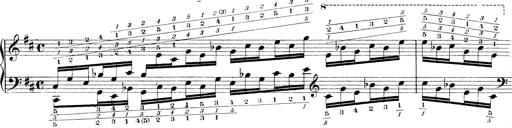
Title: Technische Studien
Composer: Franz Liszt